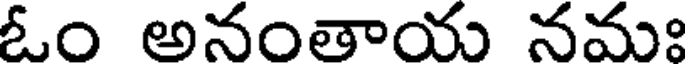
ఓం అనంతాయ నమః